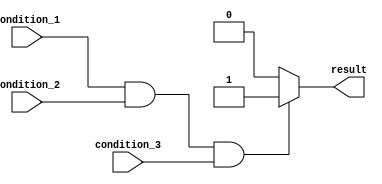
module if_else_example(
    input wire condition_1,
    input wire condition_2,
    input wire condition_3,
    output reg result
);

always @(*)
begin
    if(condition_1 && condition_2 && condition_3) begin
        // Block of code to execute when all conditions are true
        result <= 1;
    end
    else begin
        // Block of code to execute when any condition is false
        result <= 0;
    end
end

endmodule